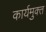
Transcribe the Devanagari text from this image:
कार्यमुक्‍त